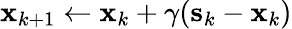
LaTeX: \mathbf{x}_{k+1}\leftarrow\mathbf{x}_{k}+\gamma(\mathbf{s}_{k}-\mathbf{x}_{k})